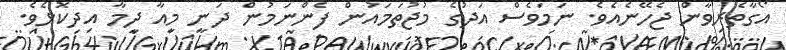
އޯގާތެރިވާން ޖެހޭނެއެވެ. ނަމަވެސް އަދުގެ މުޖުތަމައުން ފެންނަމުން ދަނީ މިއާ ދިމާ އިދިކޮޅެވެ.